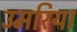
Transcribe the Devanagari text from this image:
उमरिया